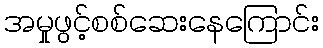
အမှုဖွင့်စစ်ဆေးနေကြောင်း